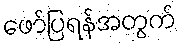
ဖော်ပြရန်အတွက်